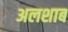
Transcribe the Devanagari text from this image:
अलशाब